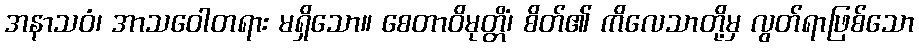
အနာသဝံ၊ အာသဝေါတရား မရှိသော။ စေတာဝိမုတ္တိံ၊ စိတ်၏ ကိလေသာတို့မှ လွတ်ရာဖြစ်သော